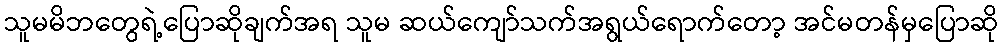
သူမမိဘတွေရဲ့ပြောဆိုချက်အရ သူမ ဆယ်ကျော်သက်အရွယ်ရောက်တော့ အင်မတန်မှပြောဆို